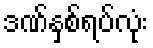
ဒဏ်နှစ်ရပ်လုံး